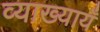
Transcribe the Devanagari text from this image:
व्याख्यायँ